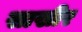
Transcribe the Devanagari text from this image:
साखीर